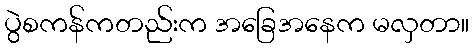
ပွဲစကန်ကတည်းက အခြေအနေက မလှတာ။